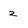
Character: 2